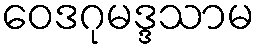
ဝေဒဂုမဒ္ဒသာမ